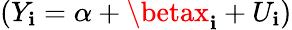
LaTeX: (Y_{\mathbf{i}}=\alpha+\betax_{\mathbf{i}}+U_{\mathbf{i}})